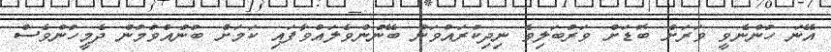
އޭނަ ހުންނެވީ ވަރަށް ބޮޑަށް ވަރުބަލިވެ ނިދިކުރައްވަން ބޭނުންވެލައްވާފައި ކަމަށް ބުނުއްވުމުން ދެމީހުންވެސް